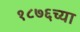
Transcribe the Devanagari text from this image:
१८७६च्या